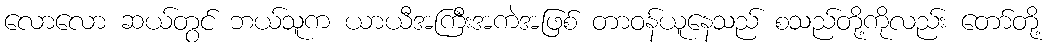
လောလော ဆယ်တွင် ဘယ်သူက ယာယီအကြီးအကဲအဖြစ် တာဝန်ယူနေသည် စသည်တို့ကိုလည်း တော်တို့